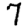
Digit: 7